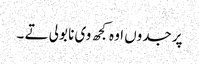
پر جدوں اوہ کجھ وی نا بولی تے ۔